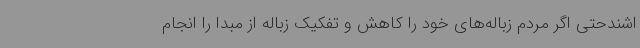
اشندحتی اگر مردم زباله‌های خود را کاهش و تفکیک زباله از مبدا را انجام